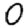
Digit: 0